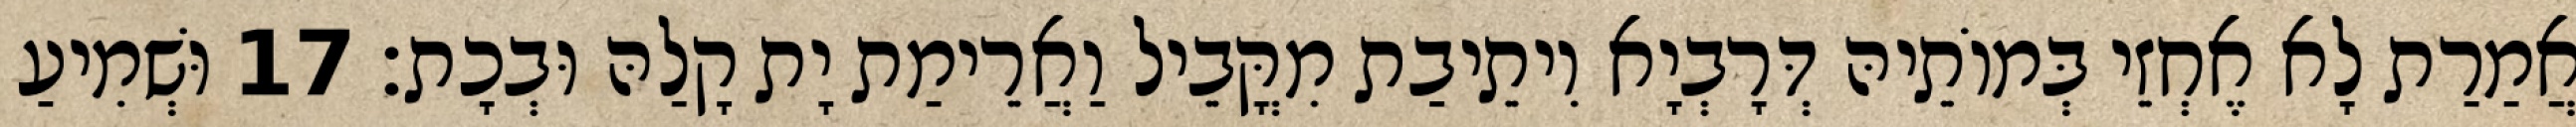
אֲמַרַת לָא אֶחְזֵי בְּמוֹתֵיהּ דְּרָבְיָא וִיתֵיבַת מִקֳּבֵיל וַאֲרֵימַת יָת קָלַהּ וּבְכָת׃ 17 וּשְׁמִיעַ